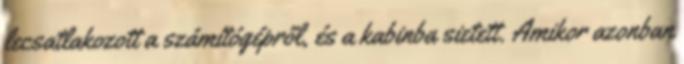
lecsatlakozott a számítógépről, és a kabinba sietett. Amikor azonban